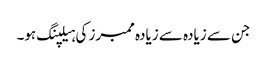
جن سے زیادہ سے زیادہ ممبرز کی ہیلپنگ ہو۔